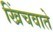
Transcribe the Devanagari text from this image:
खिंचवाते